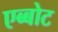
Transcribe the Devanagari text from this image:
एब्बोट